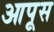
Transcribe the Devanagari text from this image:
आपूस